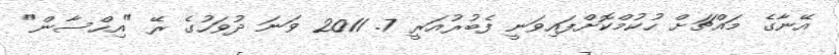
އޭނާގެ މައްޗަށް ހުކުމްކޮށްފައިވަނީ ފެބުރުއަރީ 7. 2011 ވަނަ ދުވަހުގެ ރޭ "އިހްސާން"